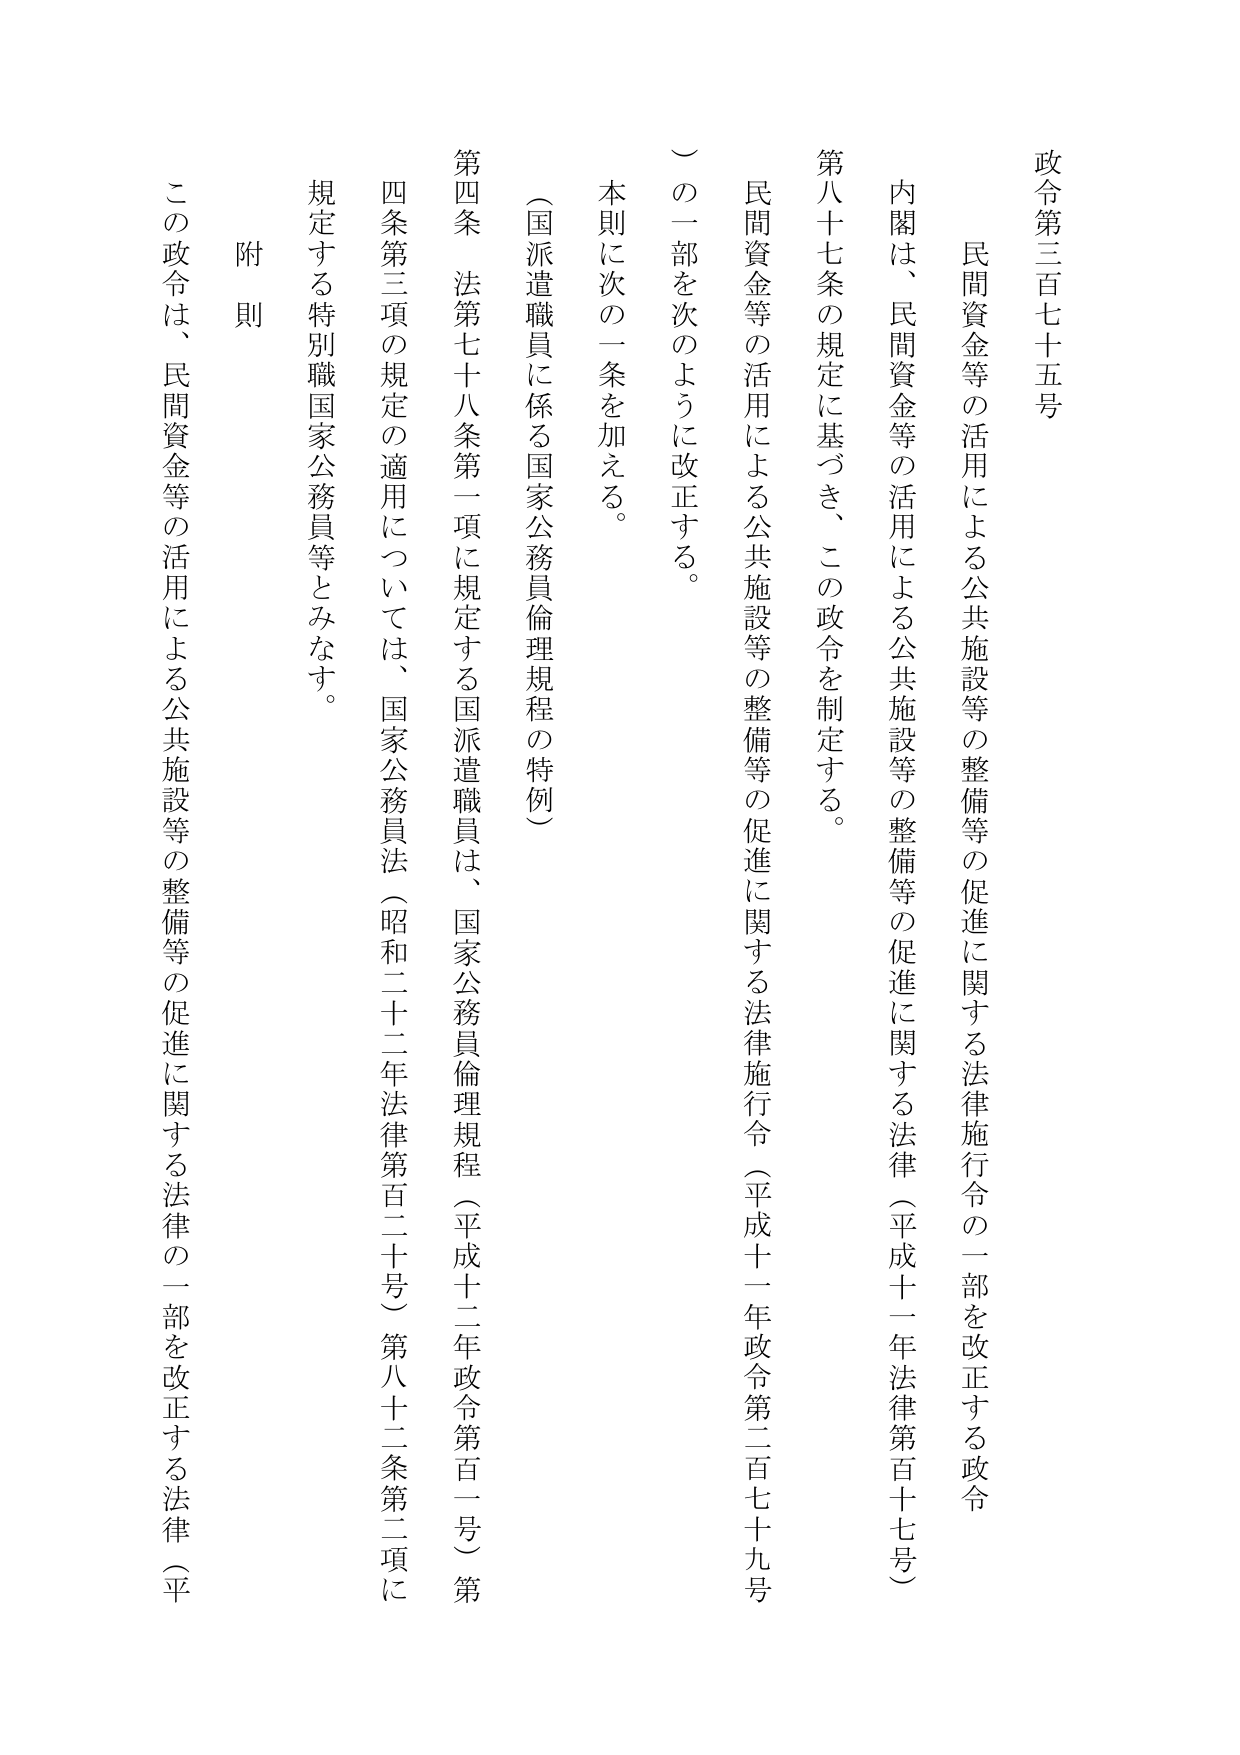
政令第三百七十五号

民間資金等の活用による公共施設等の整備等の促進に関する法律施行令の一部を改正する政令

内閣は、民間資金等の活用による公共施設等の整備等の促進に関する法律（平成十一年法律第百十七号）第八十七条の規定に基づき、この政令を制定する。

民間資金等の活用による公共施設等の整備等の促進に関する法律施行令（平成十一年政令第二百七十九号）の一部を次のように改正する。

本則に次の一条を加える。

（国派遣職員に係る国家公務員倫理規程の特例）

第四条　法第七十八条第一項に規定する国派遣職員は、国家公務員倫理規程（平成十二年政令第百一号）第四条第三項の規定の適用については、国家公務員法（昭和二十二年法律第百二十号）第八十二条第二項に規定する特別職国家公務員等とみなす。

附則

この政令は、民間資金等の活用による公共施設等の整備等の促進に関する法律の一部を改正する法律（平